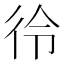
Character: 彾